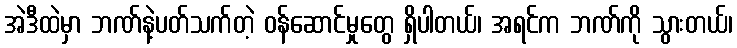
အဲဒီထဲမှာ ဘဏ်နဲ့ပတ်သက်တဲ့ ဝန်ဆောင်မှုတွေ ရှိပါတယ်၊ အရင်က ဘဏ်ကို သွားတယ်၊